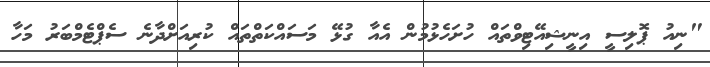
"ނިއު ޕޮލިސީ އިނީޝިއޭޓިވްތައް ހުށަހެޅުމުން އެއާ ގުޅޭ މަސައްކަތްތައް ކުރިއަށްދާނެ ސެޕްޓެމްބަރު މަހާ